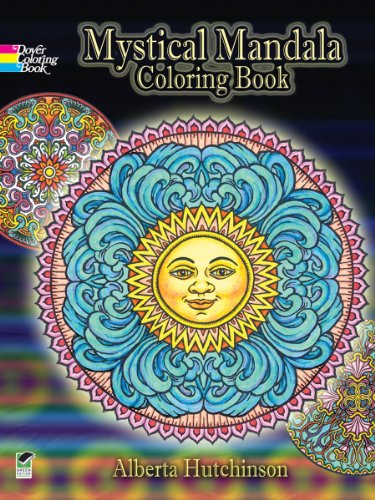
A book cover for Mystical Mandala Coloring Book (Dover Design Coloring Books); Alberta Hutchinson; Crafts, Hobbies & Home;